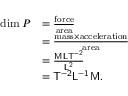
{ \begin{array} { r l } { \dim P } & { = { \frac { \mathrm { f o r c e } } { \mathrm { a r e a } } } } \\ & { = { \frac { { \mathrm { m a s s } } \times { \mathrm { a c c e l e r a t i o n } } } { \mathrm { a r e a } } } } \\ & { = { \frac { \mathsf { M L T ^ { - 2 } } } { \mathsf { L ^ { 2 } } } } } \\ & { = { \mathsf { T ^ { - 2 } L ^ { - 1 } M } } . } \end{array} }